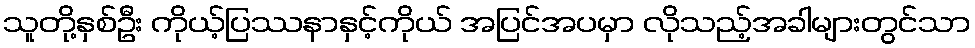
သူတို့နှစ်ဦး ကိုယ့်ပြဿနာနှင့်ကိုယ် အပြင်အပမှာ လိုသည့်အခါများတွင်သာ